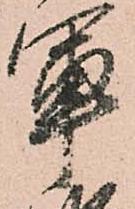
軍